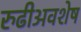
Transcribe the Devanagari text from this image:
रुढीअवशेष